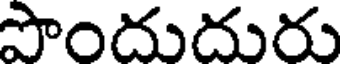
పొందుదురు